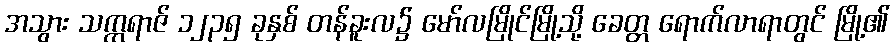
အသွား သက္ကရာဇ် ၁၂၃၅ ခုနှစ် တန်ခူးလ၌ မော်လမြိုင်မြို့သို့ ခေတ္တ ရောက်လာရာတွင် မြို့၏